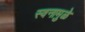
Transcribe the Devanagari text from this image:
स्वनामुळे